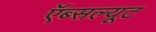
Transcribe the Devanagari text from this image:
ऍब्सल्यूट